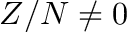
Z / N \neq 0